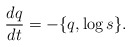
\begin{align*} \frac{dq}{dt} = - \{q,\log{s}\}.\end{align*}